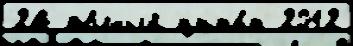
24 по́лный цита́т 2012